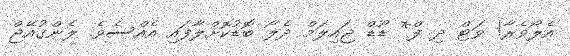
އެލޯވެރާ! ވަޓް ދި ފް* ޑޫޑް ޖައިލަމް ދެލޯ ބޮޑުކޮށްލާފައި އެއްސެވެ. ލެންގުއޭޖް